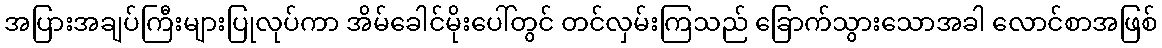
အပြားအချပ်ကြီးများပြုလုပ်ကာ အိမ်ခေါင်မိုးပေါ်တွင် တင်လှမ်းကြသည် ခြောက်သွားသောအခါ လောင်စာအဖြစ်